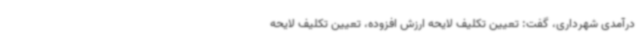
درآمدی شهرداری، گفت: تعیین تکلیف لایحه ارزش افزوده، تعیین تکلیف لایحه